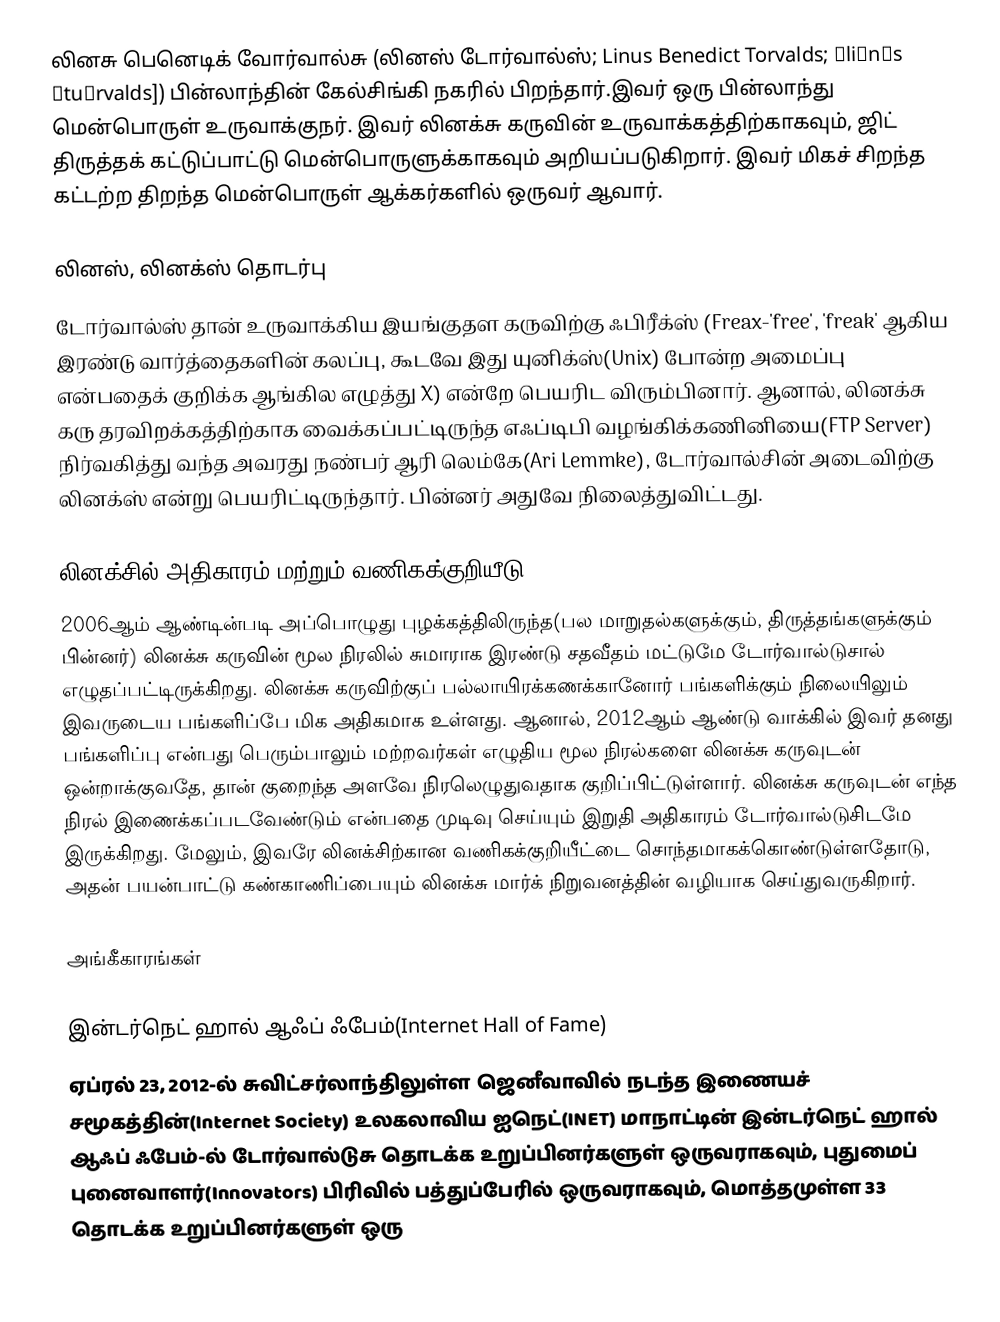
லினசு பெனெடிக் வோர்வால்சு (லினஸ் டோர்வால்ஸ்; Linus Benedict Torvalds; ˈliːnɵs ˈtuːrvalds]) பின்லாந்தின் கேல்சிங்கி நகரில் பிறந்தார்.இவர் ஒரு பின்லாந்து மென்பொருள் உருவாக்குநர். இவர் லினக்சு கருவின் உருவாக்கத்திற்காகவும், ஜிட் திருத்தக் கட்டுப்பாட்டு மென்பொருளுக்காகவும் அறியப்படுகிறார். இவர் மிகச் சிறந்த கட்டற்ற திறந்த மென்பொருள் ஆக்கர்களில் ஒருவர் ஆவார்.

லினஸ், லினக்ஸ் தொடர்பு
டோர்வால்ஸ் தான் உருவாக்கிய இயங்குதள கருவிற்கு ஃபிரீக்ஸ் (Freax-'free', 'freak' ஆகிய இரண்டு வார்த்தைகளின் கலப்பு, கூடவே இது யுனிக்ஸ்(Unix) போன்ற அமைப்பு என்பதைக் குறிக்க ஆங்கில எழுத்து X) என்றே பெயரிட விரும்பினார்.  ஆனால், லினக்சு கரு தரவிறக்கத்திற்காக வைக்கப்பட்டிருந்த எஃப்டிபி வழங்கிக்கணினியை(FTP Server) நிர்வகித்து வந்த அவரது நண்பர் ஆரி லெம்கே(Ari Lemmke), டோர்வால்சின் அடைவிற்கு லினக்ஸ் என்று பெயரிட்டிருந்தார்.  பின்னர் அதுவே நிலைத்துவிட்டது.

லினக்சில் அதிகாரம் மற்றும் வணிகக்குறியீடு
2006ஆம் ஆண்டின்படி அப்பொழுது புழக்கத்திலிருந்த(பல மாறுதல்களுக்கும், திருத்தங்களுக்கும் பின்னர்) லினக்சு கருவின் மூல நிரலில் சுமாராக இரண்டு சதவீதம் மட்டுமே டோர்வால்டுசால் எழுதப்பட்டிருக்கிறது.  லினக்சு கருவிற்குப் பல்லாயிரக்கணக்கானோர் பங்களிக்கும் நிலையிலும் இவருடைய பங்களிப்பே மிக அதிகமாக உள்ளது.  ஆனால், 2012ஆம் ஆண்டு வாக்கில் இவர் தனது பங்களிப்பு என்பது பெரும்பாலும் மற்றவர்கள் எழுதிய மூல நிரல்களை லினக்சு கருவுடன் ஒன்றாக்குவதே, தான் குறைந்த அளவே நிரலெழுதுவதாக குறிப்பிட்டுள்ளார்.  லினக்சு கருவுடன் எந்த நிரல் இணைக்கப்படவேண்டும் என்பதை முடிவு செய்யும் இறுதி அதிகாரம் டோர்வால்டுசிடமே இருக்கிறது.  மேலும், இவரே லினக்சிற்கான வணிகக்குறியீட்டை சொந்தமாகக்கொண்டுள்ளதோடு, அதன் பயன்பாட்டு கண்காணிப்பையும் லினக்சு மார்க் நிறுவனத்தின் வழியாக செய்துவருகிறார்.

அங்கீகாரங்கள்

இன்டர்நெட் ஹால் ஆஃப் ஃபேம்(Internet Hall of Fame)
ஏப்ரல் 23, 2012-ல் சுவிட்சர்லாந்திலுள்ள ஜெனீவாவில் நடந்த இணையச் சமூகத்தின்(Internet Society) உலகலாவிய ஐநெட்(INET) மாநாட்டின் இன்டர்நெட் ஹால் ஆஃப் ஃபேம்-ல் டோர்வால்டுசு தொடக்க உறுப்பினர்களுள் ஒருவராகவும், புதுமைப் புனைவாளர்(Innovators) பிரிவில் பத்துப்பேரில் ஒருவராகவும், மொத்தமுள்ள 33 தொடக்க உறுப்பினர்களுள் ஒரு